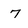
Character: 7